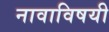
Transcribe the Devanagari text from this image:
नावाविषयी